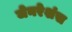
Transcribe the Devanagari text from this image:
जेनरेशंस